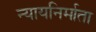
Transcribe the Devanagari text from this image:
न्यायनिर्माता